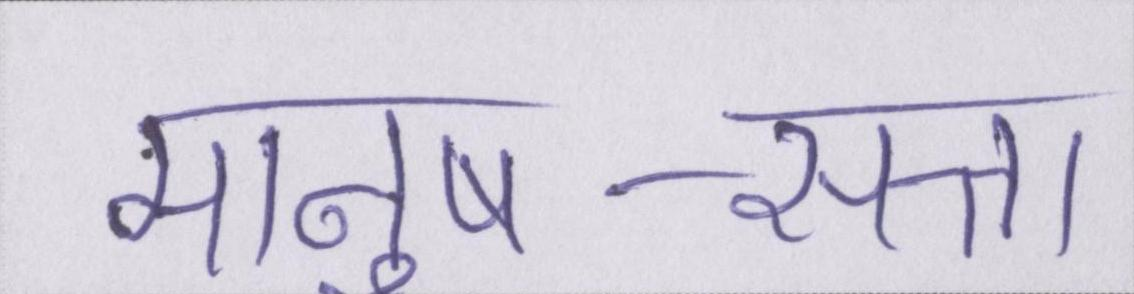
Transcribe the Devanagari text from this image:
मानुष-सत्ता